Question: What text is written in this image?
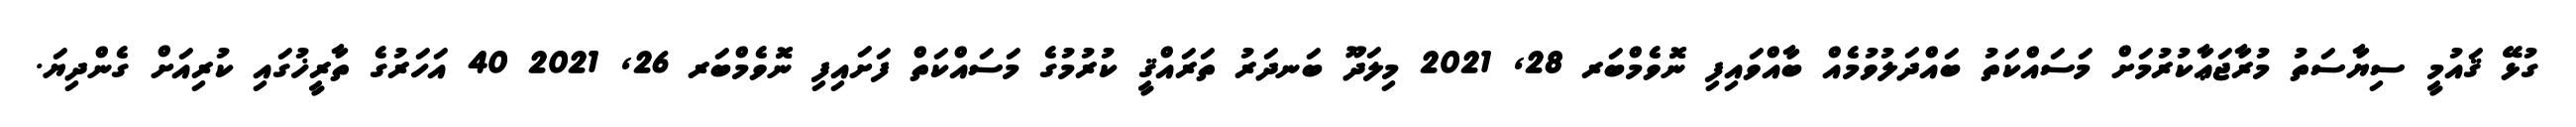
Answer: ގުޅޭ ޤައުމީ ސިޔާސަތު މުރާޖަޢާކުރުމަށް މަސައްކަތު ބައްދަލުވުމެއް ބާއްވައިފި ނޮވެމްބަރ 28, 2021 މިލަދޫ ބަނދަރު ތަރައްޤީ ކުރުމުގެ މަސައްކަތް ފަށައިފި ނޮވެމްބަރ 26, 2021 40 އަހަރުގެ ތާރީޚުގައި ކުރިއަށް ގެންދިޔަ.